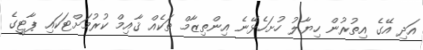
އަދި އޭގެ އިތުރުން ހިޔާލު ހުށަހެޅޭނެ އިންތިޒާމް ތަކެއް ޤާއިމް ކުރުމަށްޓަކައި ޕާޓީގެ